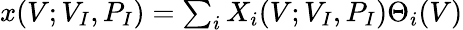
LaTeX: \begin{array}{r}{x(V;V_{I},P_{I})=\sum_{i}X_{i}(V;V_{I},P_{I})\Theta_{i}(V)}\end{array}